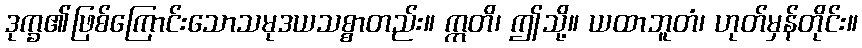
ဒုက္ခ၏ဖြစ်ကြောင်းသောသမုဒယသစ္စာတည်း။ ဣတိ၊ ဤသို့။ ယထာဘူတံ၊ ဟုတ်မှန်တိုင်း။